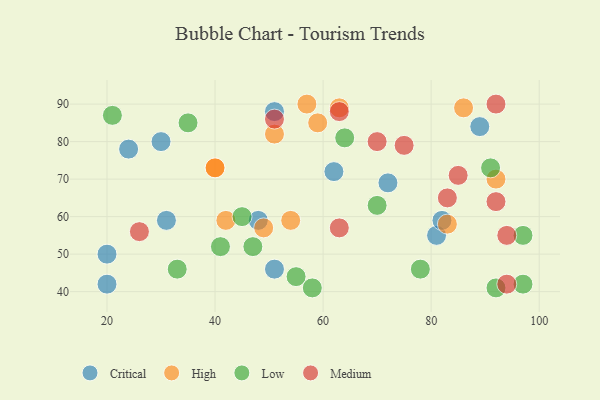
{"axis": {"x": "GDP", "y": "Life Expectancy"}, "legend": ["Critical", "High", "Low", "Medium"], "data": [{"x": "31", "y": 59, "type": "Critical"}, {"x": "62", "y": 72, "type": "Critical"}, {"x": "30", "y": 80, "type": "Critical"}, {"x": "48", "y": 59, "type": "Critical"}, {"x": "51", "y": 88, "type": "Critical"}, {"x": "81", "y": 55, "type": "Critical"}, {"x": "20", "y": 50, "type": "Critical"}, {"x": "51", "y": 46, "type": "Critical"}, {"x": "82", "y": 59, "type": "Critical"}, {"x": "89", "y": 84, "type": "Critical"}, {"x": "72", "y": 69, "type": "Critical"}, {"x": "20", "y": 42, "type": "Critical"}, {"x": "24", "y": 78, "type": "Critical"}, {"x": "92", "y": 70, "type": "High"}, {"x": "51", "y": 82, "type": "High"}, {"x": "40", "y": 73, "type": "High"}, {"x": "86", "y": 89, "type": "High"}, {"x": "59", "y": 85, "type": "High"}, {"x": "57", "y": 90, "type": "High"}, {"x": "83", "y": 58, "type": "High"}, {"x": "40", "y": 73, "type": "High"}, {"x": "63", "y": 89, "type": "High"}, {"x": "54", "y": 59, "type": "High"}, {"x": "49", "y": 57, "type": "High"}, {"x": "42", "y": 59, "type": "High"}, {"x": "33", "y": 46, "type": "Low"}, {"x": "41", "y": 52, "type": "Low"}, {"x": "91", "y": 73, "type": "Low"}, {"x": "97", "y": 42, "type": "Low"}, {"x": "97", "y": 55, "type": "Low"}, {"x": "92", "y": 41, "type": "Low"}, {"x": "64", "y": 81, "type": "Low"}, {"x": "78", "y": 46, "type": "Low"}, {"x": "55", "y": 44, "type": "Low"}, {"x": "45", "y": 60, "type": "Low"}, {"x": "47", "y": 52, "type": "Low"}, {"x": "21", "y": 87, "type": "Low"}, {"x": "35", "y": 85, "type": "Low"}, {"x": "70", "y": 63, "type": "Low"}, {"x": "58", "y": 41, "type": "Low"}, {"x": "94", "y": 55, "type": "Medium"}, {"x": "85", "y": 71, "type": "Medium"}, {"x": "94", "y": 42, "type": "Medium"}, {"x": "83", "y": 65, "type": "Medium"}, {"x": "51", "y": 86, "type": "Medium"}, {"x": "70", "y": 80, "type": "Medium"}, {"x": "92", "y": 90, "type": "Medium"}, {"x": "63", "y": 88, "type": "Medium"}, {"x": "92", "y": 64, "type": "Medium"}, {"x": "75", "y": 79, "type": "Medium"}, {"x": "63", "y": 57, "type": "Medium"}, {"x": "26", "y": 56, "type": "Medium"}]}